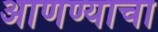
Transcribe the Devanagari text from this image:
अाणण्याचा